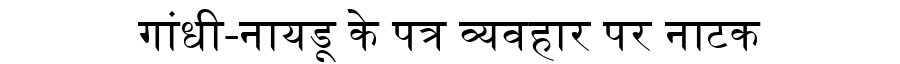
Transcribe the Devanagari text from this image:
गांधी-नायडू के पत्र व्यवहार पर नाटक